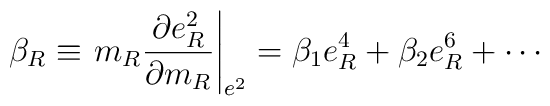
\beta_R \equiv \left. m_R \frac{\partial e_R^2}{\partial m_R}\right|_{e^2} =\beta_1 e_R^4 + \beta_2 e_R^6 + \cdots